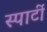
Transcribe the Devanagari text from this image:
स्पार्टी